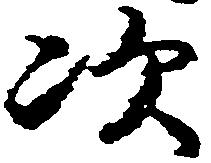
次